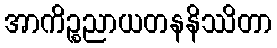
အာကိဉ္စညာယတနနိဿိတာ